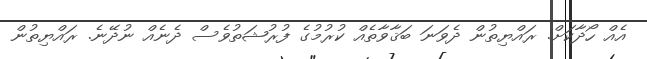
އެއް ހޯދާކަށް. ރައްޔިތުން ދެވަނަ ބަޤާވާތެއް ކުރުމުގެ ފުރުޝަތުވެސް ދެނެއް ނުދޭނެ. ރައްޔިތުން